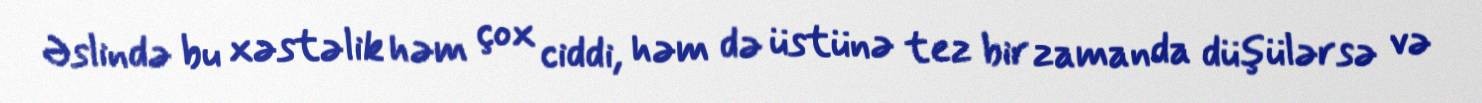
Əslində bu xəstəlik həm çox ciddi, həm də üstünə tez bir zamanda düşülərsə və